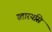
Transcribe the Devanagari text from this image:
स्तारयसि